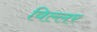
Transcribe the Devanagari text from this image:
विल्लर